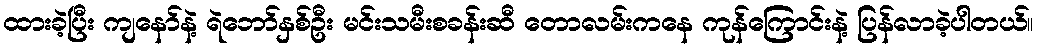
ထားခဲ့ပြီး ကျနော်နဲ့ ရဲဘော်နှစ်ဦး မင်းသမီးစခန်းဆီ တောလမ်းကနေ ကုန်ကြောင်းနဲ့ ပြန်လာခဲ့ပါတယ်။